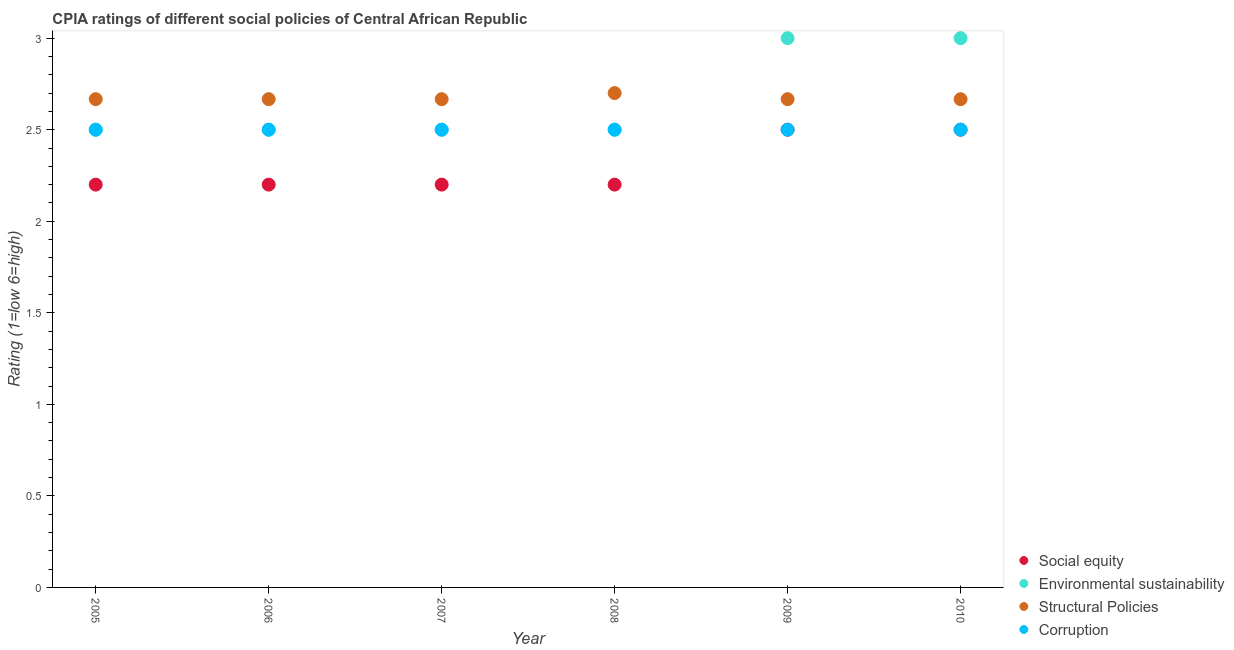
| Year | Social equity | Environmental sustainability | Structural Policies | Corruption |
 | --- | --- | --- | --- | --- |
 | 2005 | 2.2 | 2.5 | 2.67 | 2.5 |
 | 2006 | 2.2 | 2.5 | 2.67 | 2.5 |
 | 2007 | 2.2 | 2.5 | 2.67 | 2.5 |
 | 2008 | 2.2 | 2.5 | 2.7 | 2.5 |
 | 2009 | 2.5 | 3 | 2.67 | 2.5 |
 | 2010 | 2.5 | 3 | 2.67 | 2.5 |